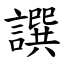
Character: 譔